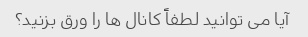
آیا می توانید لطفاً کانال ها را ورق بزنید؟